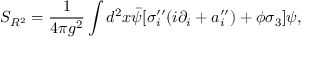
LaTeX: S _ { R ^ { 2 } } = \frac { 1 } { 4 \pi g ^ { 2 } } \int d ^ { 2 } x \bar { \psi } [ \sigma _ { i } ^ { \prime \prime } ( i \partial _ { i } + a _ { i } ^ { \prime \prime } ) + \phi \sigma _ { 3 } ] \psi ,